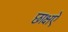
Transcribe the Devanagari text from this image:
छाक्षऐ